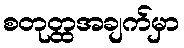
စတုတ္ထအချက်မှာ